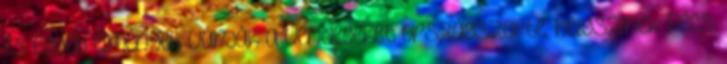
és egyéb élmények várják a vendégeket országszerte, helyszínek: Pécs,